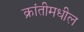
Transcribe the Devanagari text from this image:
क्रांतीमधील